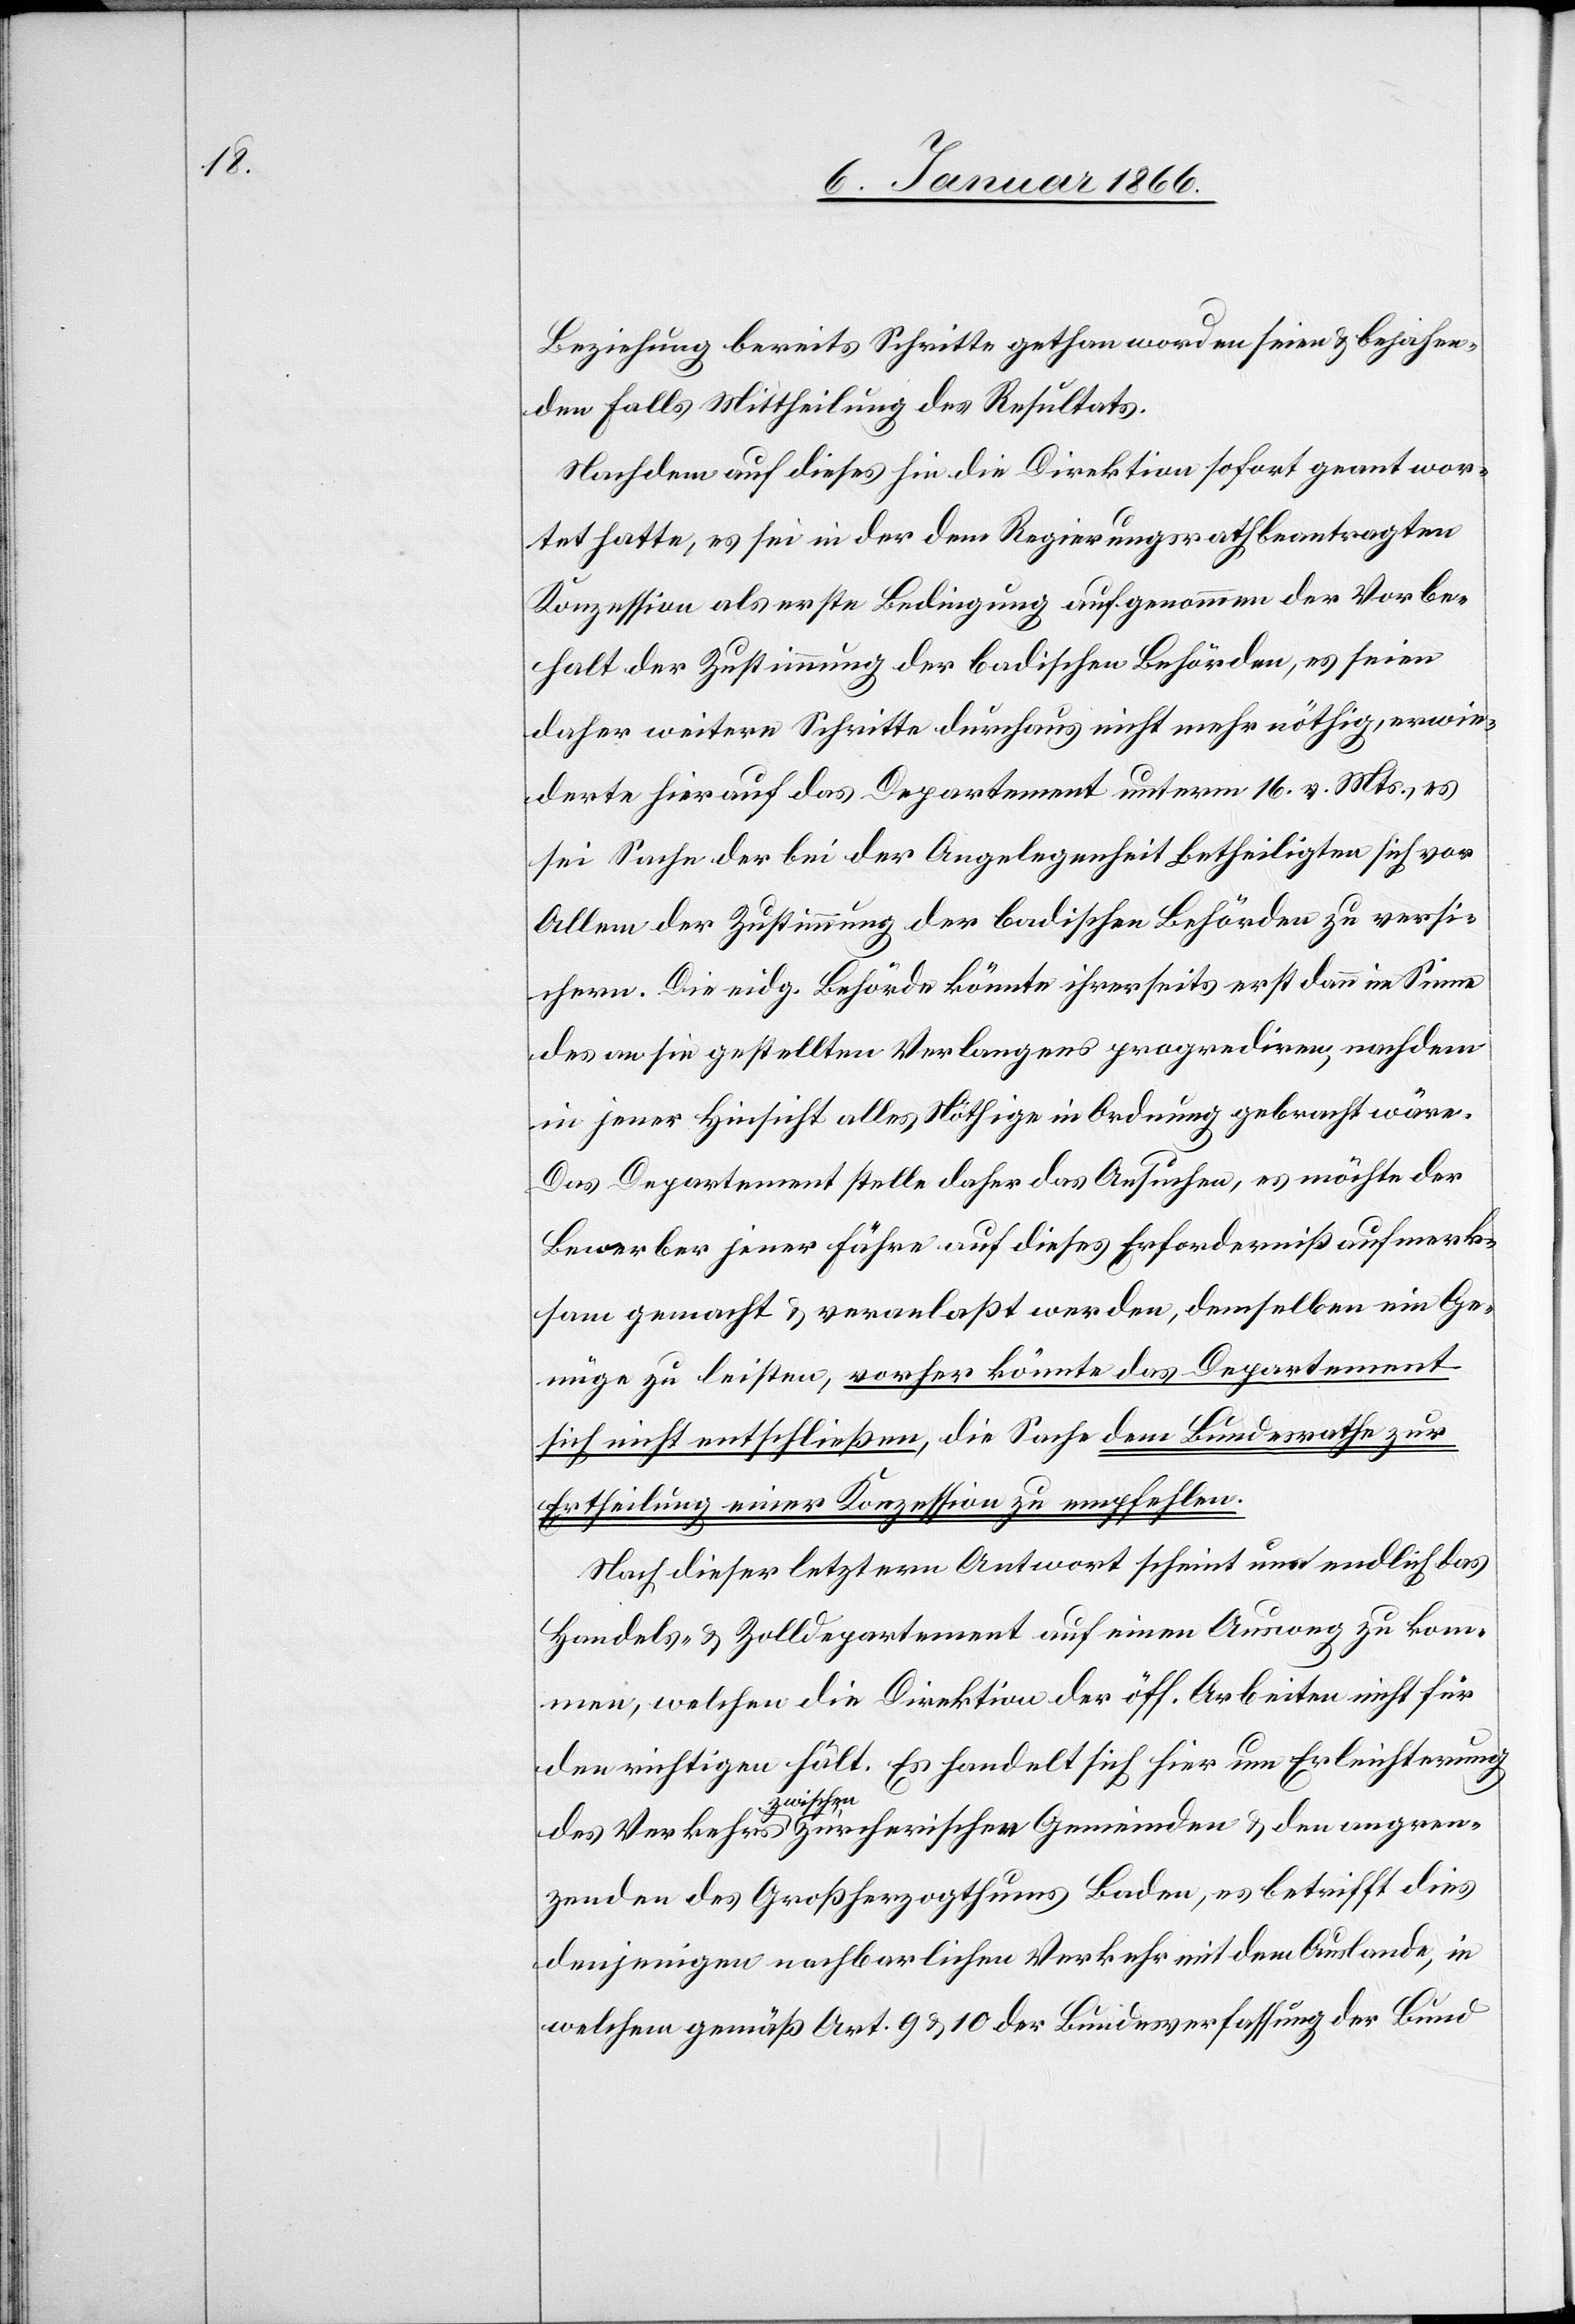
Beziehung bereits Schritte gethan worden seien u. bejahen¬
den Falls Mittheilung des Resultats.
Nachdem auf dieses hin die Direktion sofort geantwor¬
tet hatte, es sei in der dem Regierungsrath beantragten
Konzession als erste Bedingung aufgenommen der Vorbe¬
halt der Zustimmung der badischen Behörden, es seien
daher weitere Schritte durchaus nicht mehr nöthig, erwie¬
derte hierauf das Departement unterm 16. v. Mts., es
sei Sache der bei der Angelegenheit Betheiligten sich vor
Allem der Zustimmung der badischen Behörden zu versi¬
chern. Die eidg. Behörde könnte ihrerseits erst dann im Sinne
des an sie gestellten Verlangens progrediren, nachdem
in jener Hinsicht alles Nöthige in Ordnung gebracht wäre.
Das Departement stelle daher das Ansuchen, es möchte der
Bewerber jener Fähre auf diese Erforderniß aufmerk¬
sam gemacht u. veranlaßt werden, demselben ein Ge¬
nüge zu leisten, vorher könnte das Departement
sich nicht entschließen, die Sache dem Bundesrathe zur
Ertheilung einer Konzession zu empfehlen.
Nach dieser letztern Antwort scheint nun endlich das
Handels- & Zolldepartement auf einen Ausweg zu kom¬
men, welchen die Direktion der öff. Arbeiten nicht für
den richtigen hält. Es handelt sich hier um Erleichterung
des Verkehrs zwischen Zürcherischen Gemeinden u. den angren¬
zenden des Großherzogthums Baden, es betrifft dies
denjenigen nachbarlichen Verkehr mit dem Auslande, in
welchem gemäß Art. 9 u. 10 der Bundesverfassung der Bund